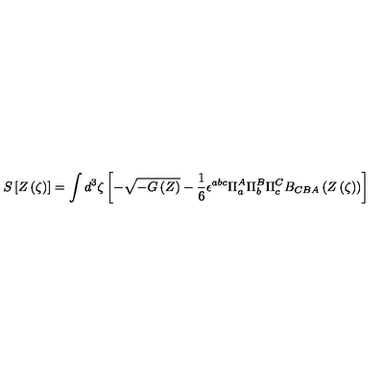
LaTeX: S \left[ Z \left( \zeta \right) \right] = \int d ^ { 3 } \zeta \left[ - \sqrt { - G \left( Z \right) } - { \frac { 1 } { 6 } } \epsilon ^ { a b c } \Pi _ { a } ^ { A } \Pi _ { b } ^ { B } \Pi _ { c } ^ { C } B _ { C B A } \left( Z \left( \zeta \right) \right) \right]